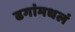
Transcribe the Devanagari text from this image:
ढगांमधलं